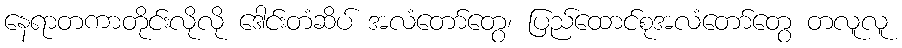
နေရာတကာတိုင်းလိုလို ဒေါင်းတံဆိပ် အလံတော်တွေ၊ ပြည်ထောင်စုအလံတော်တွေ တလူလူ